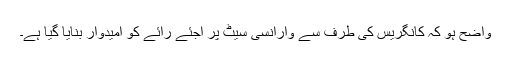
واضح ہو کہ کانگریس کی طرف سے وارانسی سیٹ پر اجئے رائے کو امیدوار بنایا گیا ہے۔